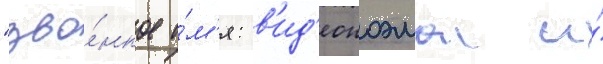
"зво́нкое и́м'я: в'ид'еопоэма и́